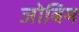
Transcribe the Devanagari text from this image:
जोबिम